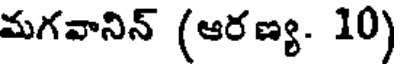
మగవానిన్ (ఆరణ్య. 10)